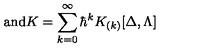
\mathrm { a n d } K = \sum _ { k = 0 } ^ { \infty } \hbar ^ { k } K _ { ( k ) } [ \Delta , \Lambda ]